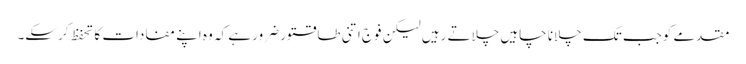
مقدمے کوجب تک چلانا چاہیں چلاتے رہیں لیکن فوج اتنی طاقتور ضرور ہے کہ وہ اپنے مفادات کا تحفظ کرسکے۔